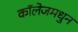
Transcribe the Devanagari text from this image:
कॉलेजमधुन